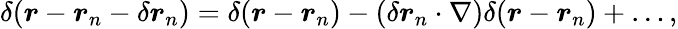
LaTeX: \delta(\boldsymbol{r}-\boldsymbol{r}_{n}-\delta\boldsymbol{r}_{n})=\delta(\boldsymbol{r}-\boldsymbol{r}_{n})-(\delta\boldsymbol{r}_{n}\cdot\nabla)\delta(\boldsymbol{r}-\boldsymbol{r}_{n})+\ldots,